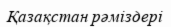
Қазақстан рәміздері